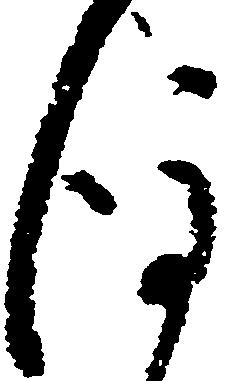
後